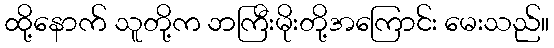
ထို့နောက် သူတို့က ဘကြီးမိုးတို့အကြောင်း မေးသည်။